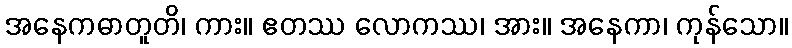
အနေကဓာတူတိ၊ ကား။ ဧတဿ လောကဿ၊ အား။ အနေကာ၊ ကုန်သော။